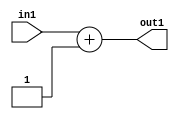
`timescale 1ps / 1ps
/*****************************************************************************
    Verilog RTL Description
    
    
    Created by: Stratus DpOpt 2019.1.01 
*******************************************************************************/

module DC_Filter_Add2i1u8_1 (
	in1,
	out1
	); /* architecture "behavioural" */ 
input [7:0] in1;
output [8:0] out1;
wire [8:0] asc001;

assign asc001 = 
	+(in1)
	+(9'B000000001);

assign out1 = asc001;
endmodule

/* CADENCE  urb3Tws= : u9/ySgnWtBlWxVPRXgAZ4Og= ** DO NOT EDIT THIS LINE ******/